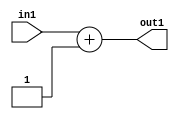
`timescale 1ps / 1ps
/*****************************************************************************
    Verilog RTL Description
    
    
    Created by: Stratus DpOpt 2019.1.01 
*******************************************************************************/

module DC_Filter_Add2i1u8_1 (
	in1,
	out1
	); /* architecture "behavioural" */ 
input [7:0] in1;
output [8:0] out1;
wire [8:0] asc001;

assign asc001 = 
	+(in1)
	+(9'B000000001);

assign out1 = asc001;
endmodule

/* CADENCE  urb3Tws= : u9/ySgnWtBlWxVPRXgAZ4Og= ** DO NOT EDIT THIS LINE ******/